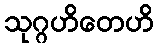
သုဂ္ဂဟိတေဟိ